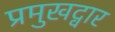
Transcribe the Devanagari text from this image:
प्रमुखद्वार